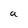
Character: a